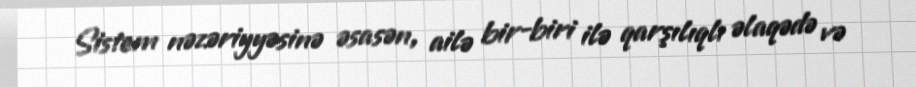
Sistem nəzəriyyəsinə əsasən, ailə bir-biri ilə qarşılıqlı əlaqədə və